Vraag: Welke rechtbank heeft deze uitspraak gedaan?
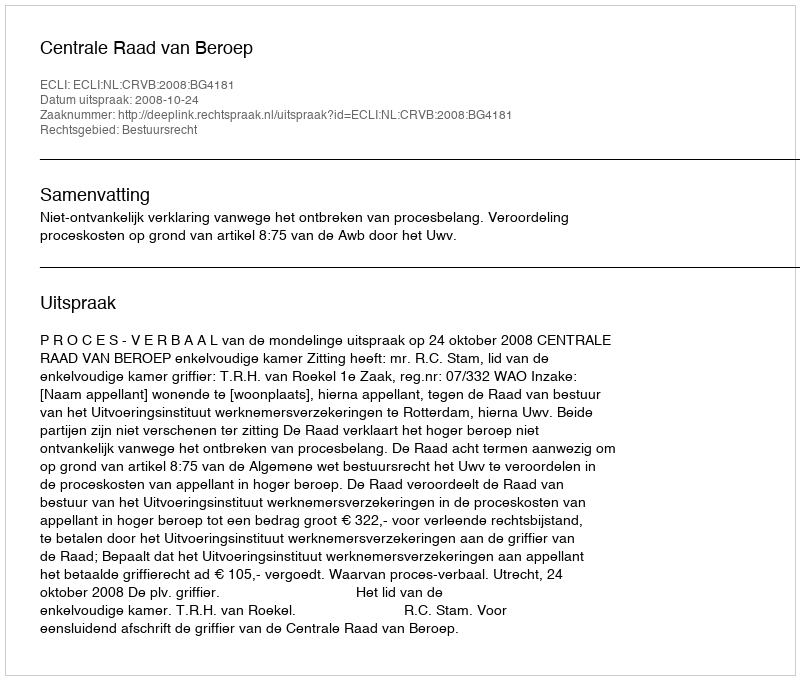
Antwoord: Centrale Raad van Beroep